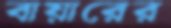
বায়ারের